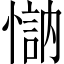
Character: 𱟄